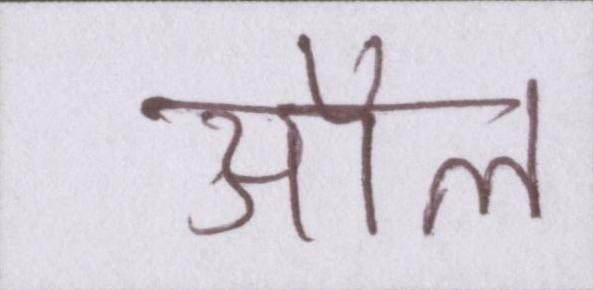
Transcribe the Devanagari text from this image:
ऑल